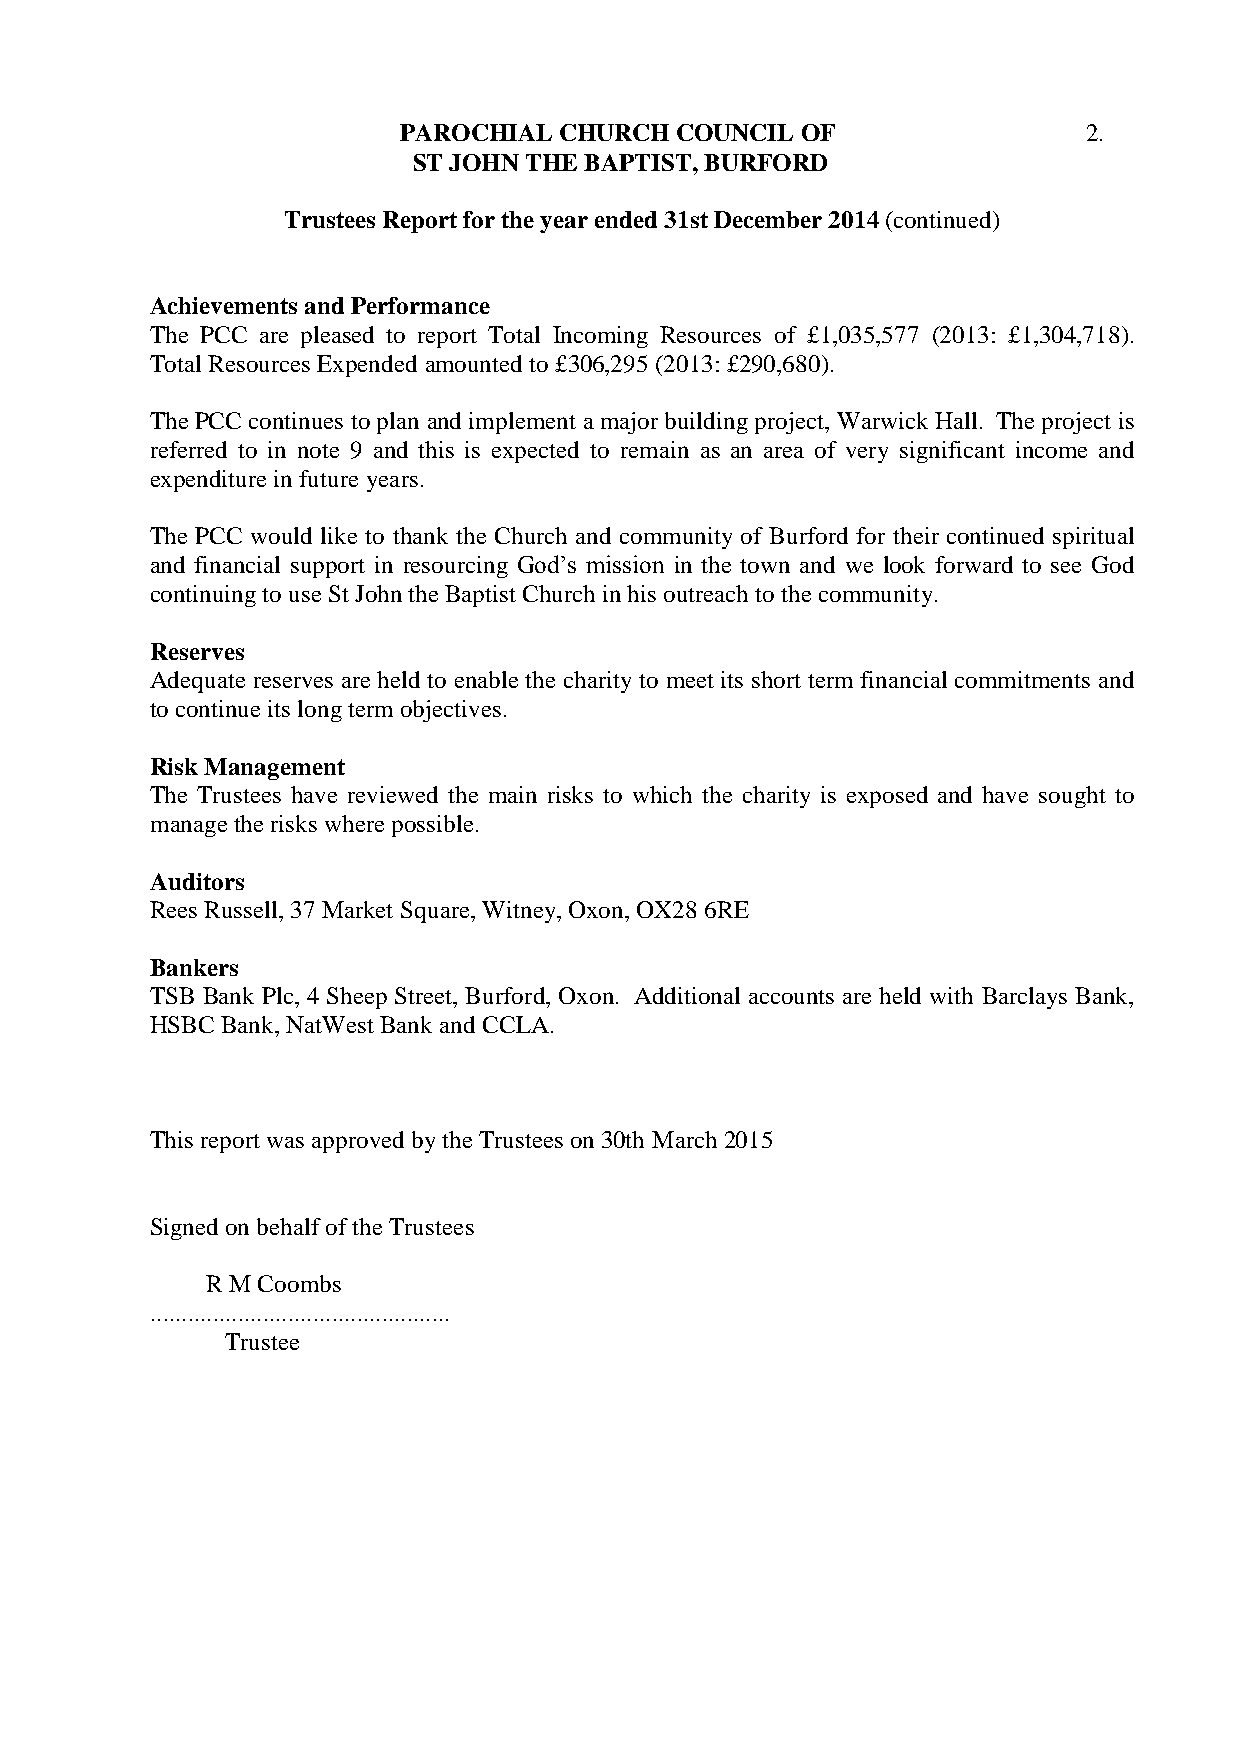
PAROCHIAL  CHURCH  COUNCIL OF                 2.
 ST JOHN THE BAPTIST, BURFORD
 Trustees Report for the year ended 31st December 2014 (continued)
 Achievements and Performance
 The PCC are pleased to report Total Incoming Resources of £1,035,577 (2013: £1,304,718).
 Total Resources Expended amounted to £306,295 (2013: £290,680).
 The PCC continues to plan and implement a major building project, Warwick Hall. The project is
 referred to in note 9 and this is expected to remain as an area of very significant income and
 expenditure in future years.
 The PCC would like to thank the Church and community of Burford for their continued spiritual
 and financial support in resourcing God’s mission in the town and we look forward to see God
 continuing to use St John the Baptist Church in his outreach to the community.
 Reserves
 Adequate reserves are held to enable the charity to meet its short term financial commitments and
 to continue its long term objectives.
 Risk Management
 The Trustees have reviewed the main risks to which the charity is exposed and have sought to
 manage the risks where possible.
 Auditors
 Rees Russell, 37 Market Square, Witney, Oxon, OX28 6RE
 Bankers
 TSB Bank Plc, 4 Sheep Street, Burford, Oxon. Additional accounts are held with Barclays Bank,
 HSBC Bank, NatWest Bank and CCLA.
 This report was approved by the Trustees on 30th March 2015
 Signed on behalf of the Trustees
 R M Coombs
 ................................................
 Trustee